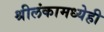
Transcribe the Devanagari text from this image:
श्रीलंकामध्येही